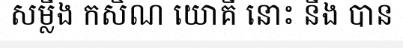
សម្លឹង កសិណ យោគី នោះ នឹង បាន